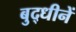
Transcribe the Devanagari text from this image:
बुद्धीनें